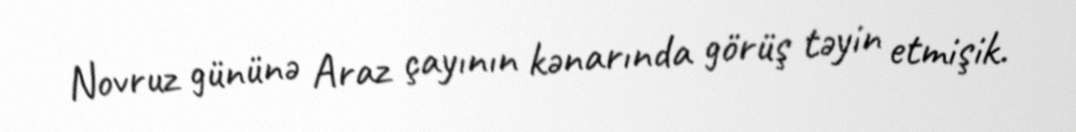
Novruz gününə Araz çayının kənarında görüş təyin etmişik.